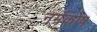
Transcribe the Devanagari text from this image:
नर्मकोष